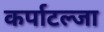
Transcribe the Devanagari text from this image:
कर्पाटल्जा